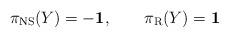
LaTeX: \begin{align*}\pi_{\rm NS}(Y)= -{\bf 1}, \qquad \pi_{\rm R} (Y) = {\bf 1}\end{align*}